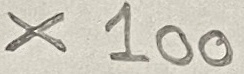
Text: x100